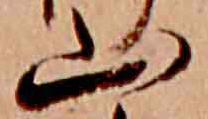
山